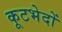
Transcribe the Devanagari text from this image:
कूटभेदों